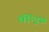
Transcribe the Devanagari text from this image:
वॅन्ट्रिस